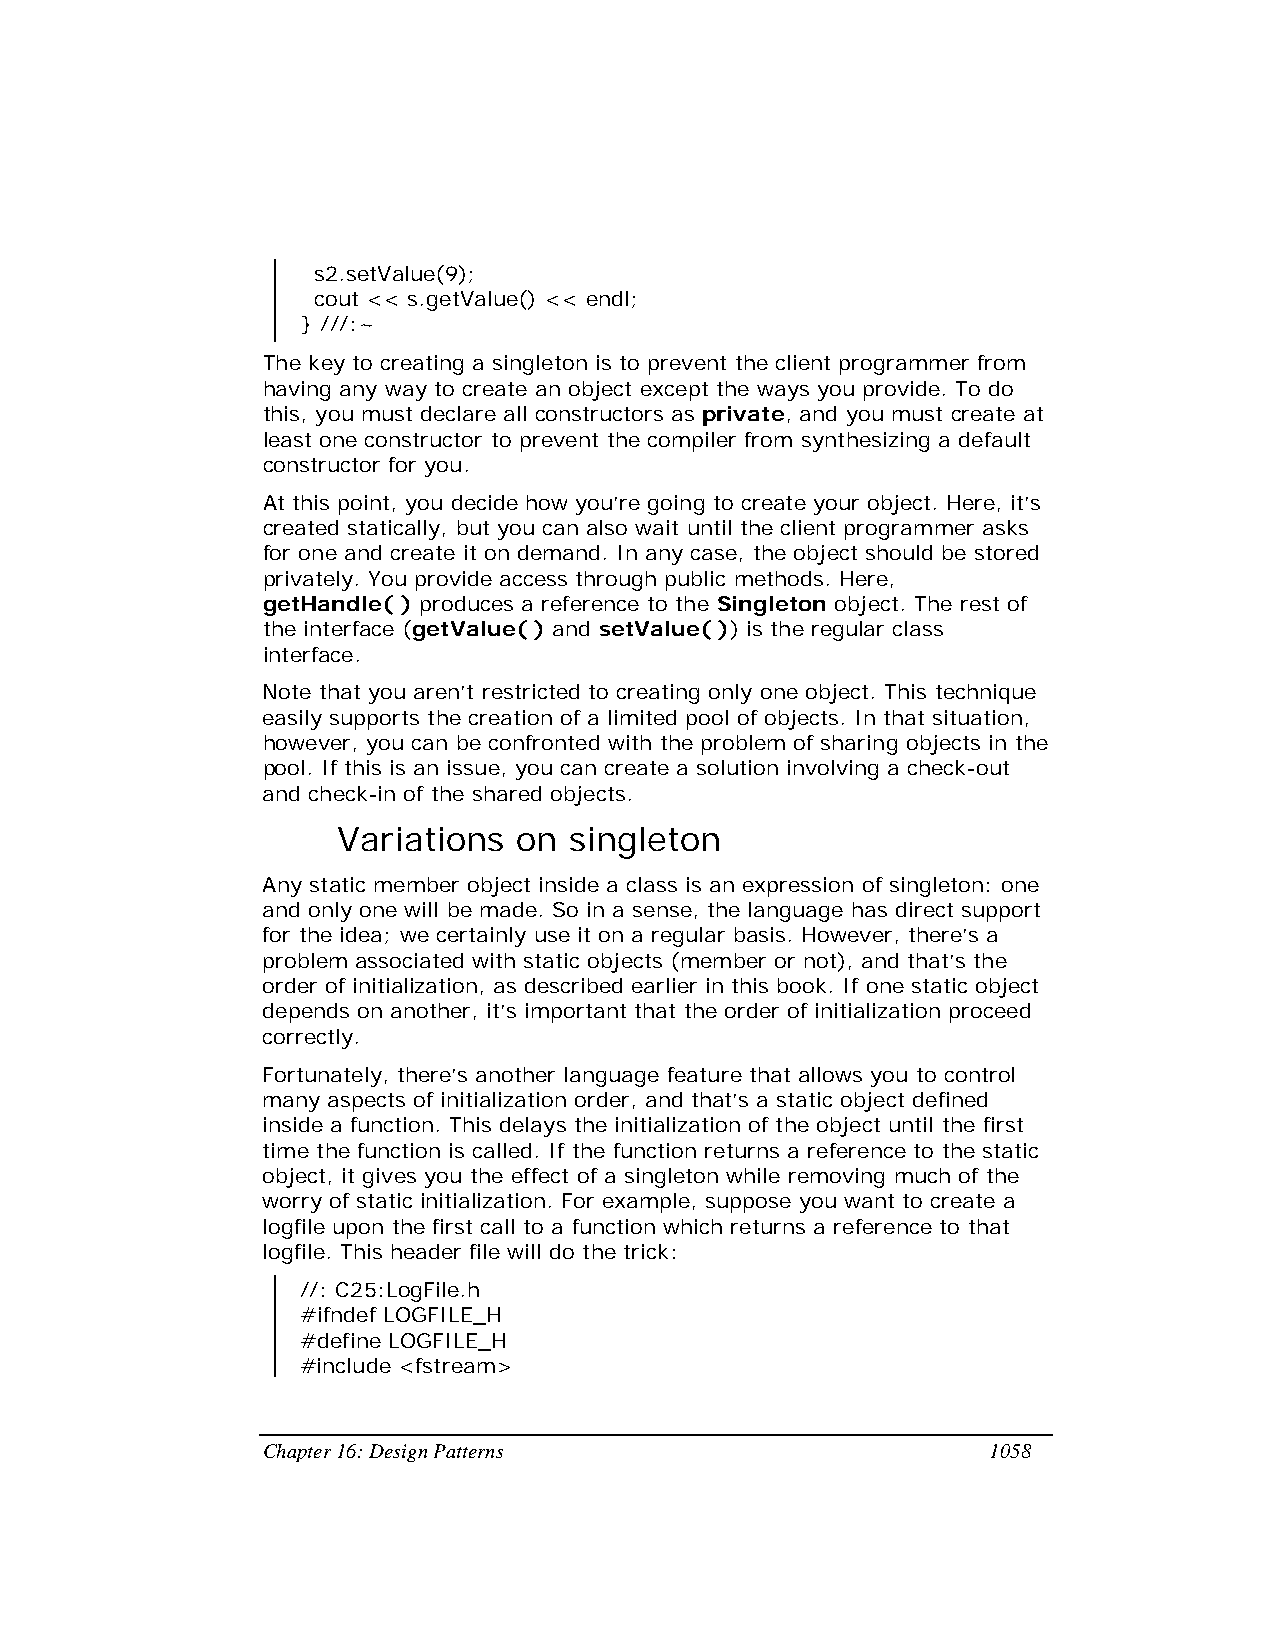
s2.setValue(9);
 cout << s.getValue() << endl;
 } ///:~
 The key to creating a singleton is to prevent the client programmer from
 having any way to create an object except the ways you provide. To do
 this, you must declare all constructors as private, and you must create at
 least one constructor to prevent the compiler from synthesizing a default
 constructor for you.
 At this point, you decide how you’re going to create your object. Here, it’s
 created statically, but you can also wait until the client programmer asks
 for one and create it on demand. In any case, the object should be stored
 privately. You provide access through public methods. Here,
 getHandle( ) produces a reference to the Singleton object. The rest of
 the interface (getValue( ) and setValue( )) is the regular class
 interface.
 Note that you aren’t restricted to creating only one object. This technique
 easily supports the creation of a limited pool of objects. In that situation,
 however, you can be confronted with the problem of sharing objects in the
 pool. If this is an issue, you can create a solution involving a check-out
 and check-in of the shared objects.
 Variations  on  singleton
 Any static member object inside a class is an expression of singleton: one
 and only one will be made. So in a sense, the language has direct support
 for the idea; we certainly use it on a regular basis. However, there’s a
 problem associated with static objects (member or not), and that’s the
 order of initialization, as described earlier in this book. If one static object
 depends on another, it’s important that the order of initialization proceed
 correctly.
 Fortunately, there’s another language feature that allows you to control
 many aspects of initialization order, and that’s a static object defined
 inside a function. This delays the initialization of the object until the first
 time the function is called. If the function returns a reference to the static
 object, it gives you the effect of a singleton while removing much of the
 worry of static initialization. For example, suppose you want to create a
 logfile upon the first call to a function which returns a reference to that
 logfile. This header file will do the trick:
 //: C25:LogFile.h
 #ifndef LOGFILE_H
 #define LOGFILE_H
 #include <fstream>
 Chapter 16: Design Patterns                     1058